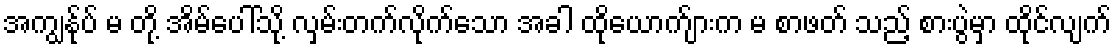
အကျွန်ုပ် မ တို့ အိမ်ပေါ်သို့ လှမ်းတက်လိုက်သော အခါ ထိုယောက်ျားက မ စာဖတ် သည့် စားပွဲမှာ ထိုင်လျက်